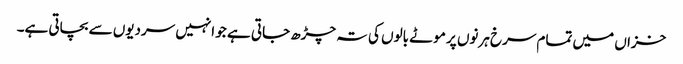
خزاں میں تمام سرخ ہرنوں پر موٹے بالوں کی تہ چڑھ جاتی ہے جو انہیں سردیوں سے بچاتی ہے۔